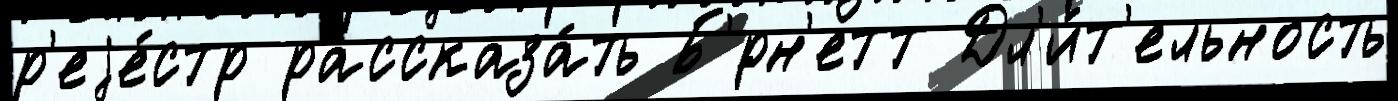
р'еjе́стр рассказа́ть Б'́рн'етт Дл'и́т'ельность